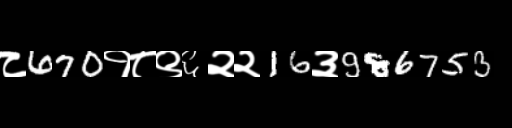
Text: ८670१८९६२२16३986753